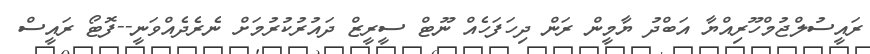
ރައީސުލްޖުމްހޫރިއްޔާ އަބްދު ޔާމީން ރަން ދިހަފަހެއް ނޫޓް ސީރީޒް ދައުރުކުރުމަށް ނެރެދެއްވަނީ--ފޮޓޯ ރައީސް